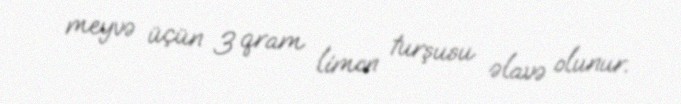
meyvə üçün 3 qram limon turşusu əlavə olunur.